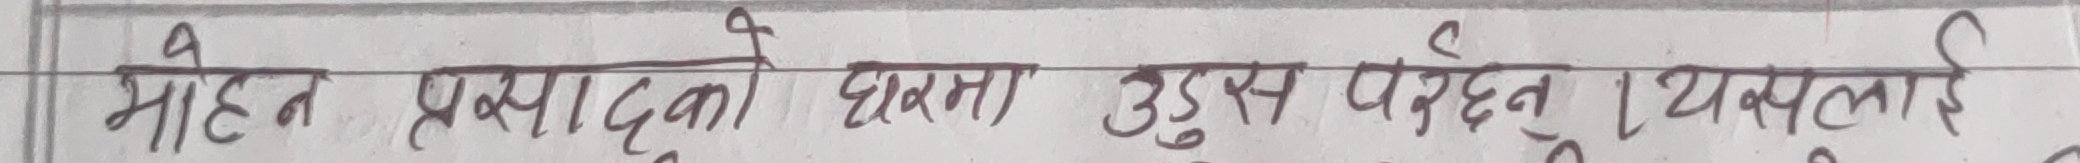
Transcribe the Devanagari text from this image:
मोहन प्रसादको घरमा उडुस पर्दछ । यसलाई